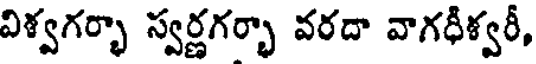
విశ్వగర్భా స్వర్ణగర్భా వరదా వాగధీశ్వరీ,